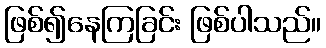
ဖြစ်၍နေကြခြင်း ဖြစ်ပါသည်။